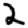
Digit: 2